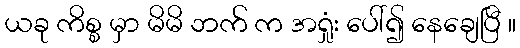
ယခု ကိစ္စ မှာ မိမိ ဘက် က အရှုံး ပေါ်၍ နေချေပြီ ။